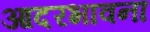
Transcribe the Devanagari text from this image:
आदरभावना